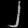
Digit: ၂